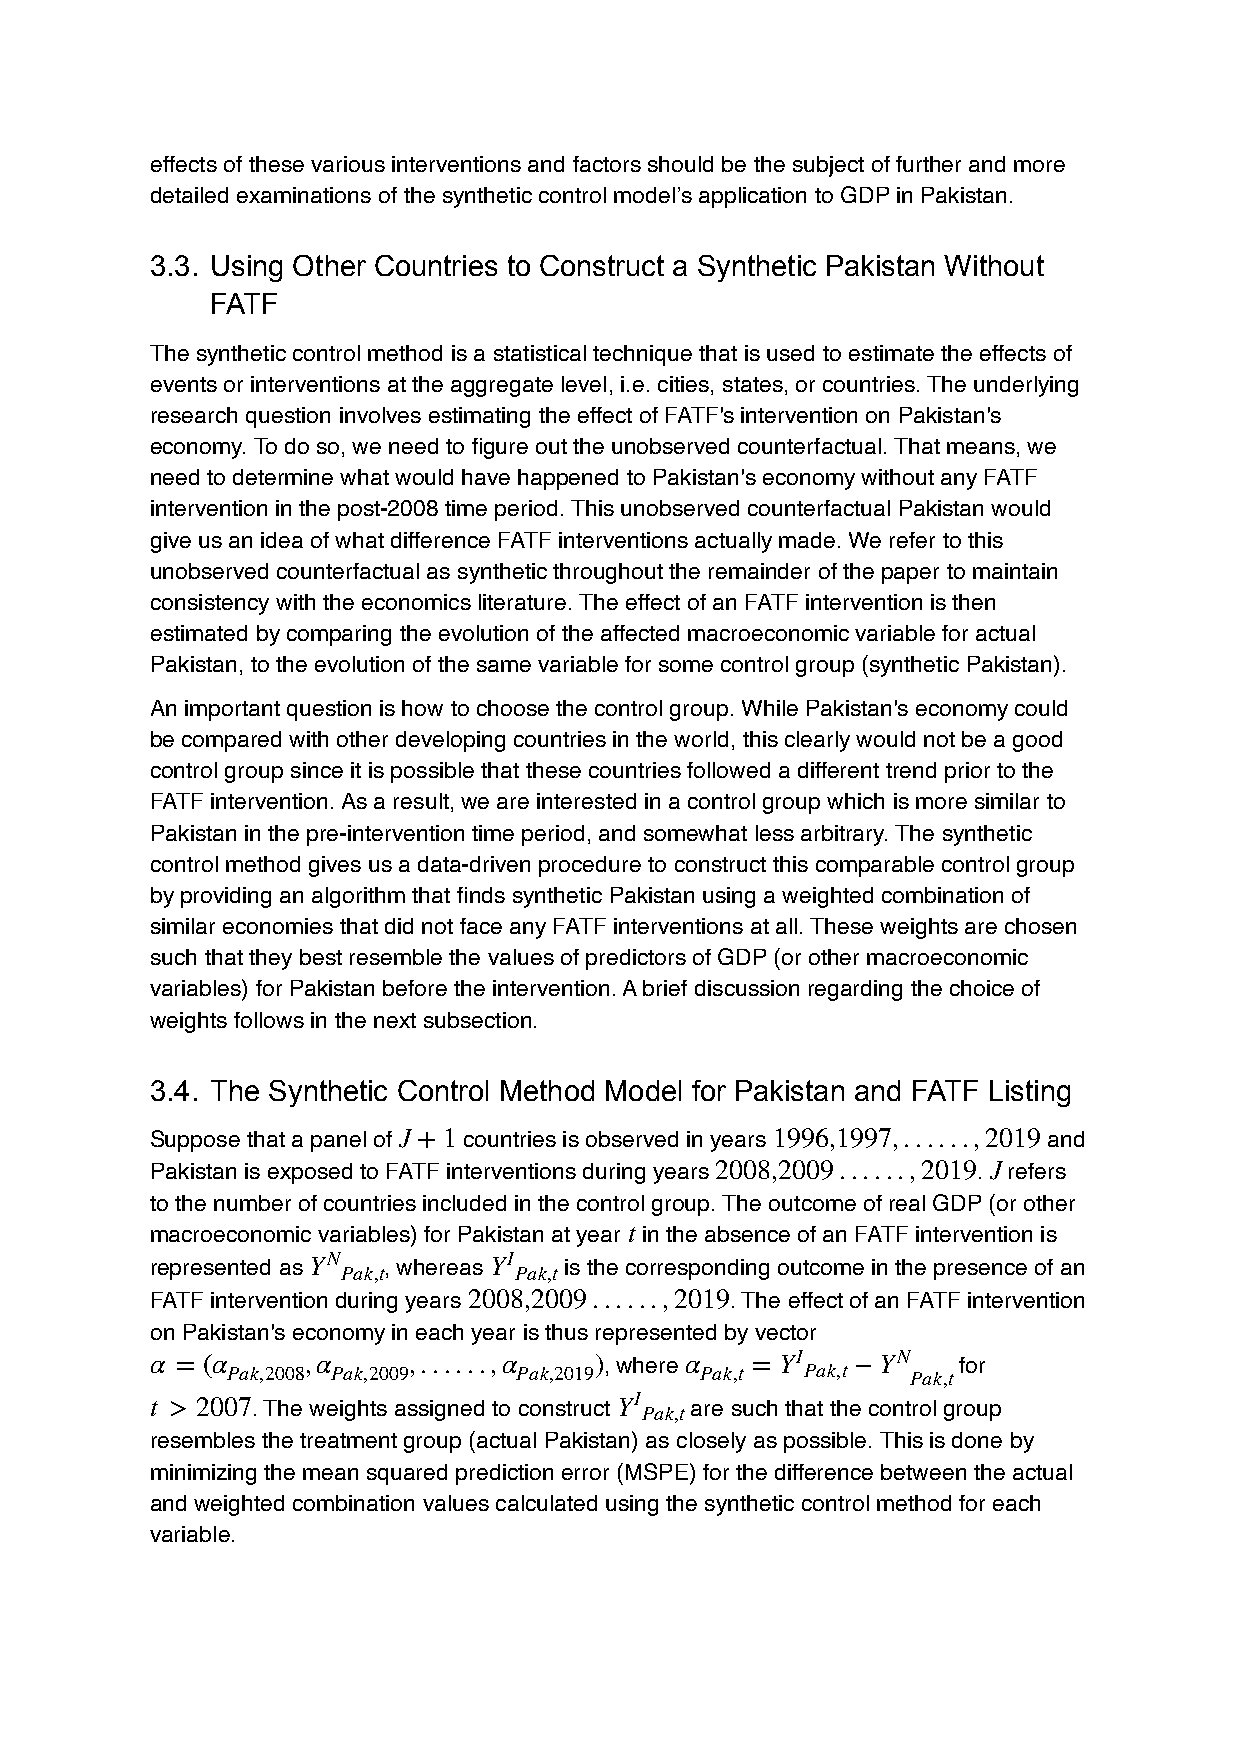
effects of these various interventions and factors should be the subject of further and more
 detailed examinations of the synthetic control model’s application to GDP in Pakistan.
 3.3. Using Other Countries to Construct a Synthetic Pakistan Without
 FATF
 The synthetic control method is a statistical technique that is used to estimate the effects of
 events or interventions at the aggregate level, i.e. cities, states, or countries. The underlying
 research question involves estimating the effect of FATF's intervention on Pakistan's
 economy. To do so, we need to figure out the unobserved counterfactual. That means, we
 need to determine what would have happened to Pakistan's economy without any FATF
 intervention in the post-2008 time period. This unobserved counterfactual Pakistan would
 give us an idea of what difference FATF interventions actually made. We refer to this
 unobserved counterfactual as synthetic throughout the remainder of the paper to maintain
 consistency with the economics literature. The effect of an FATF intervention is then
 estimated by comparing the evolution of the affected macroeconomic variable for actual
 Pakistan, to the evolution of the same variable for some control group (synthetic Pakistan).
 An important question is how to choose the control group. While Pakistan's economy could
 be compared with other developing countries in the world, this clearly would not be a good
 control group since it is possible that these countries followed a different trend prior to the
 FATF intervention. As a result, we are interested in a control group which is more similar to
 Pakistan in the pre-intervention time period, and somewhat less arbitrary. The synthetic
 control method gives us a data-driven procedure to construct this comparable control group
 by providing an algorithm that finds synthetic Pakistan using a weighted combination of
 similar economies that did not face any FATF interventions at all. These weights are chosen
 such that they best resemble the values of predictors of GDP (or other macroeconomic
 variables) for Pakistan before the intervention. A brief discussion regarding the choice of
 weights follows in the next subsection.
 3.4. The Synthetic Control Method Model for Pakistan and FATF Listing
 Suppose that a panel of J +1 countries is observed in years 1996,1997,......,2019 and
 Pakistan is exposed to FATF interventions during years 2008,2009......,2019. J refers
 to the number of countries included in the control group. The outcome of real GDP (or other
 macroeconomic variables) for Pakistan at year t in the absence of an FATF intervention is
 represented as YN , whereas YI is the corresponding outcome in the presence of an
 Pak,t      Pak,t
 FATF intervention during years 2008,2009......,2019. The effect of an FATF intervention
 on Pakistan's economy in each year is thus represented by vector
 α = (α    ,α     ,......,α   ), where α = YI   −YN    for
 Pak,2008 Pak,2009  Pak,2019    Pak,t  Pak,t  Pak,t
 t > 2007. The weights assigned to construct YI are such that the control group
 Pak,t
 resembles the treatment group (actual Pakistan) as closely as possible. This is done by
 minimizing the mean squared prediction error (MSPE) for the difference between the actual
 and weighted combination values calculated using the synthetic control method for each
 variable.